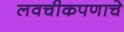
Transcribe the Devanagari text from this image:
लवचीकपणाचे